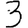
Digit: 3